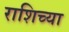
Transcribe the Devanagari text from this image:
राशिच्या